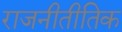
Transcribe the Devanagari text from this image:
राजनीतीतिक